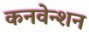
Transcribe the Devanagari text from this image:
कनवेन्शन